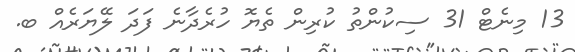
13 މިނެޓް 31 ސިކުންތު ކުރިން ތެޔޮ ހުރެދާނެ ފަދަ ލޭޔަރެއް ބ.